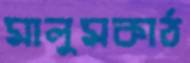
মালুমকাঠ